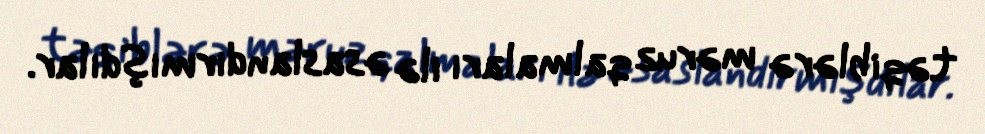
təqiblərə məruz qalmaları ilə əsaslandırmışdılar.